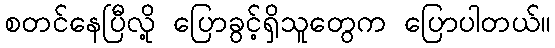
စတင်နေပြီလို့ ပြောခွင့်ရှိသူတွေက ပြောပါတယ်။